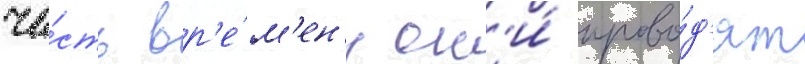
ча́сть вр'е́м'ен'и он'и́ прово́д'ят